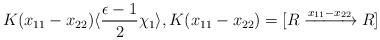
LaTeX: \begin{align*} K(x_{11}-x_{22})\langle \frac{\epsilon-1}{2}\chi_1 \rangle,K(x_{11}-x_{22})=[R\xrightarrow{x_{11}-x_{22}}R]\end{align*}